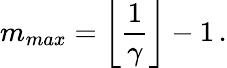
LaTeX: m_{max}=\left\lfloor\frac{1}{\gamma}\right\rfloor-1\, .